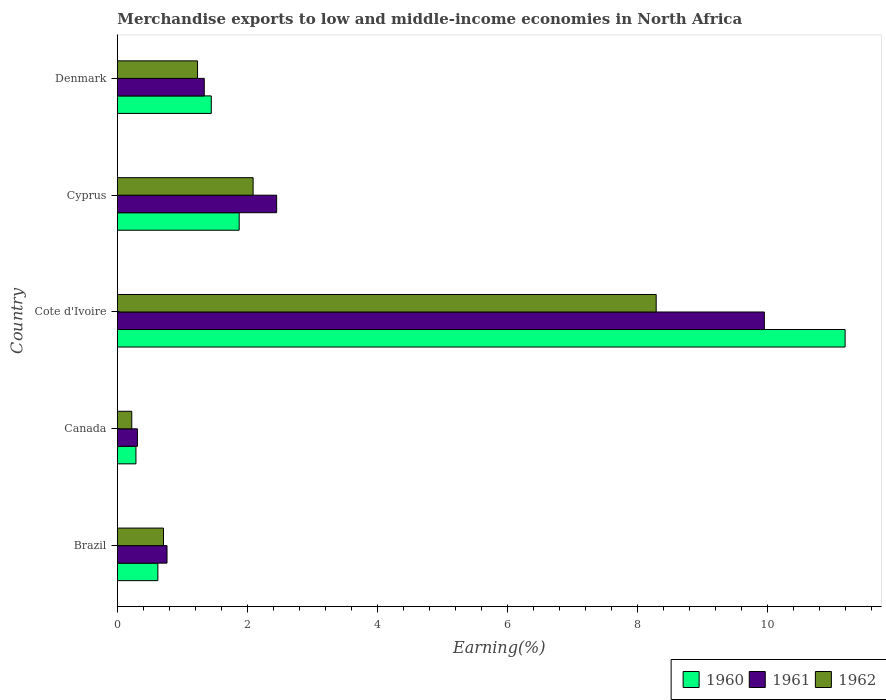
| Country | 1960 | 1961 | 1962 |
 | --- | --- | --- | --- |
 | Brazil | 0.622 | 0.763 | 0.709 |
 | Canada | 0.285 | 0.308 | 0.221 |
 | Cote d'Ivoire | 11.2 | 9.95 | 8.29 |
 | Cyprus | 1.87 | 2.45 | 2.09 |
 | Denmark | 1.44 | 1.34 | 1.23 |